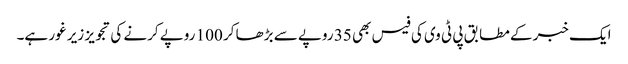
ایک خبر کے مطابق پی ٹی وی کی فیس بھی 35 روپے سے بڑھا کر 100 روپے کرنے کی تجویز زیر غور ہے۔